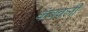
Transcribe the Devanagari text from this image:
कंबवली